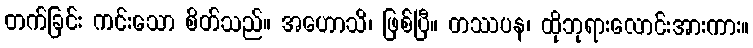
တက်ခြင်း ကင်းသော စိတ်သည်။ အဟောသိ၊ ဖြစ်ပြီ။ တဿပန၊ ထိုဘုရားလောင်းအားကား။